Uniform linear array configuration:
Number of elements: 48
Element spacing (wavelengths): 0.75
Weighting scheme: uniform
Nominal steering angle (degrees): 60
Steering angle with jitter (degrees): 59.666
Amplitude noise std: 0.05
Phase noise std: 0.05

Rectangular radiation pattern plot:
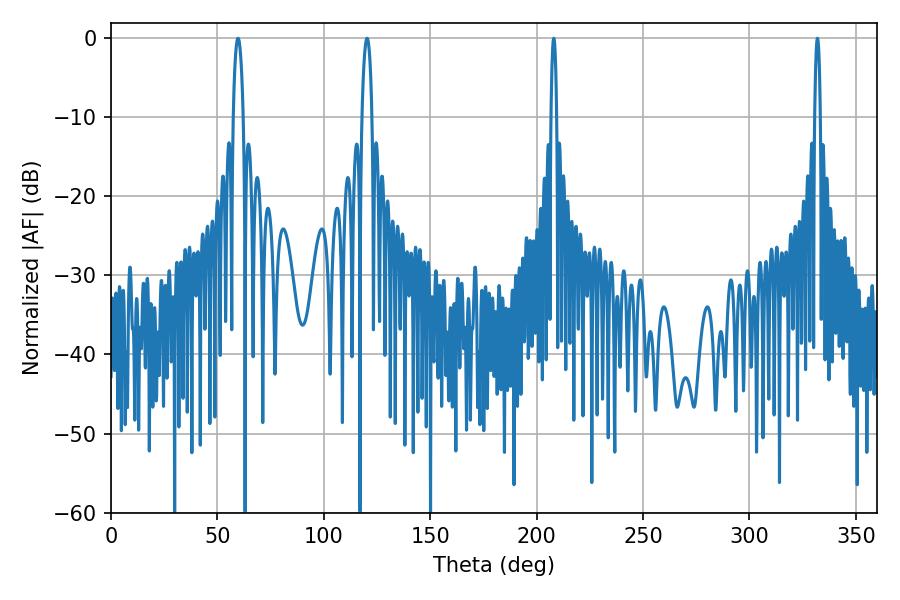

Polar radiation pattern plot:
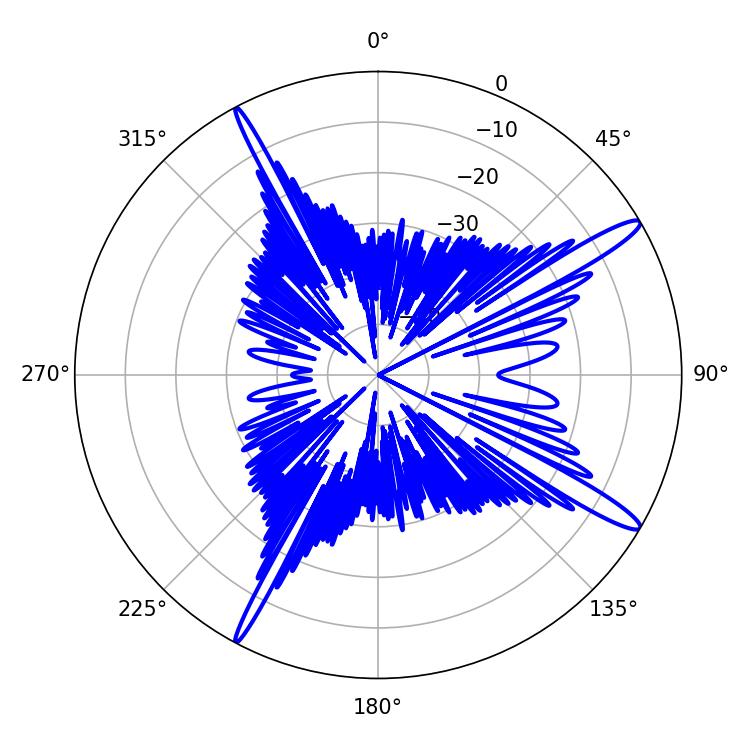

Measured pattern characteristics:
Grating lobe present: TRUE
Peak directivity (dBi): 14.881
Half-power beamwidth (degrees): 1.44
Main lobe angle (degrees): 208.08